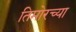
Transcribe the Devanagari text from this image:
तिमोरच्या